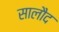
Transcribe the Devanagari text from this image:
सालौद